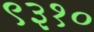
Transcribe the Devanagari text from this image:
९३१०